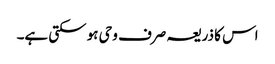
اس کا ذریعہ صرف وحی ہو سکتی ہے۔